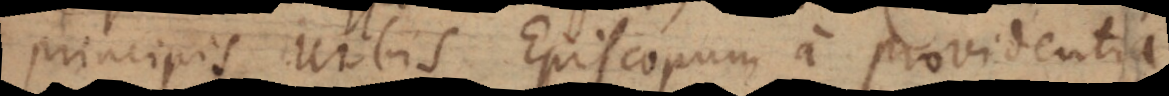
principis Urbis Episcopum a providentia